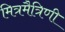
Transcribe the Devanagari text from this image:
मित्रमैत्रिणी